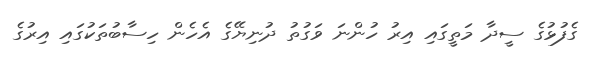
ގެފުޅުގެ ސީދާ މަތީގައި އިރު ހުންނަ ވަގުތު ދުނިޔޭގެ އެހެން ހިސާބުތަކުގައި އިރުގެ